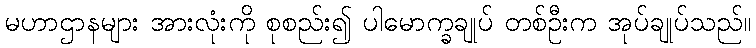
မဟာဌာနများ အားလုံးကို စုစည်း၍ ပါမောက္ခချုပ် တစ်ဦးက အုပ်ချုပ်သည်။